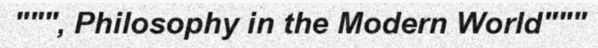
""", Philosophy in the Modern World"""